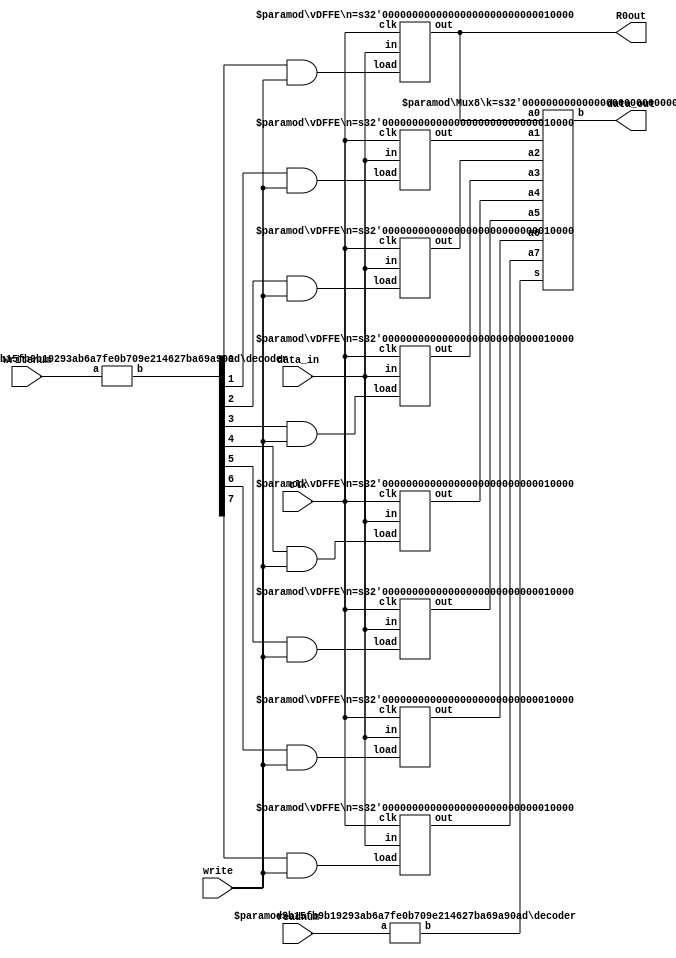
// Implements 8 registers of 16-bits each
module register(writenum, write, data_in, clk, readnum, data_out, R0out);
	input [2:0] writenum, readnum; 
	input write, clk;
	input [15:0] data_in;
	output [15:0] data_out, R0out;
	
	wire [7:0] writenumOH, readnumOH;
	wire [15:0] R0out, R1out, R2out, R3out, R4out, R5out, R6out, R7out;
		
	decoder #(3, 8) writenumDEC(writenum, writenumOH);
	
	decoder #(3, 8) readnumDEC(readnum, readnumOH);

	vDFFE #(16) R0(clk, writenumOH[0] & write, data_in, R0out);
	vDFFE #(16) R1(clk, writenumOH[1] & write, data_in, R1out);
	vDFFE #(16) R2(clk, writenumOH[2] & write, data_in, R2out);
	vDFFE #(16) R3(clk, writenumOH[3] & write, data_in, R3out);
	vDFFE #(16) R4(clk, writenumOH[4] & write, data_in, R4out);
	vDFFE #(16) R5(clk, writenumOH[5] & write, data_in, R5out);
	vDFFE #(16) R6(clk, writenumOH[6] & write, data_in, R6out);
	vDFFE #(16) R7(clk, writenumOH[7] & write, data_in, R7out);
	
	Mux8 #(16) mux8_0(R0out, R1out, R2out, R3out, R4out, R5out, R6out, R7out, readnumOH, data_out);
endmodule

// Adapted from Slide 50 of Slide Set 7
// Implements a register with load enable
module vDFFE(clk, load, in, out);
	parameter n = 1; // width
	input clk, load;
	input 	[n-1:0] in;
	output 	[n-1:0] out;
	reg		[n-1:0] out;
	wire	[n-1:0] next_out;
	
	assign next_out = load ? in : out;
		
	always @(posedge clk)
		out = next_out;	
endmodule

// Adapted from Slide 50 of Slide Set 4
// Two input k-wide mux with binary select
module Mux2(a0, a1, s, b);
	parameter k = 1;
	
	input [k-1:0] 	a0, a1; // inputs
	input 			s; // binary select
	output [k-1:0]	b;
	
	wire [k-1:0] b = s ? a0 : a1;
endmodule

// Adapted from Slide 50 of Slide Set 4
// 8 input k-wide MUX with one-hot select
module Mux8(a0, a1, a2, a3, a4, a5, a6, a7, s, b);
	parameter k = 1;
	
	input [k-1:0] 	a0, a1, a2, a3, a4, a5, a6, a7;
	input [7:0]		s; // one-hot select
	output [k-1:0]	b;
	
	wire [k-1:0] b = ({k{s[0]}} & a0) |
					 ({k{s[1]}} & a1) |
					 ({k{s[2]}} & a2) |
					 ({k{s[3]}} & a3) |
					 ({k{s[4]}} & a4) |
					 ({k{s[5]}} & a5) |
					 ({k{s[6]}} & a6) |
					 ({k{s[7]}} & a7) ;
endmodule

// This code is from Slide 37 of Slide Set 4
// a - binary input 	(n bits wide)
// b - one hot output	(m bits wide)
module decoder(a, b);
	parameter n = 2;
	parameter m = 4;
	
	input 	[n-1:0] a;
	output 	[m-1:0] b;
	
	wire [m-1:0] b = 1<<a;
endmodule